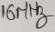
Text: 16MHz